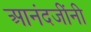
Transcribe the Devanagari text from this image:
आनंदजींनी